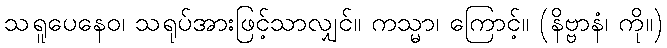
သရူပေနေဝ၊ သရုပ်အားဖြင့်သာလျှင်။ ကသ္မာ၊ ကြောင့်။ (နိဗ္ဗာနံ၊ ကို။)